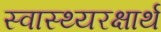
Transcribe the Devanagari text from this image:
स्वास्थ्यरक्षार्थ